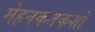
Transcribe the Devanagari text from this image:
मेहनकतकशों